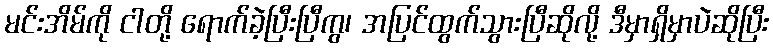
မင်းအိမ်ကို ငါတို့ ရောက်ခဲ့ပြီးပြီကွ၊ အပြင်ထွက်သွားပြီဆိုလို့ ဒီမှာရှိမှာပဲဆိုပြီး